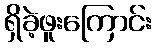
ရှိခဲ့ဖူးကြောင်း